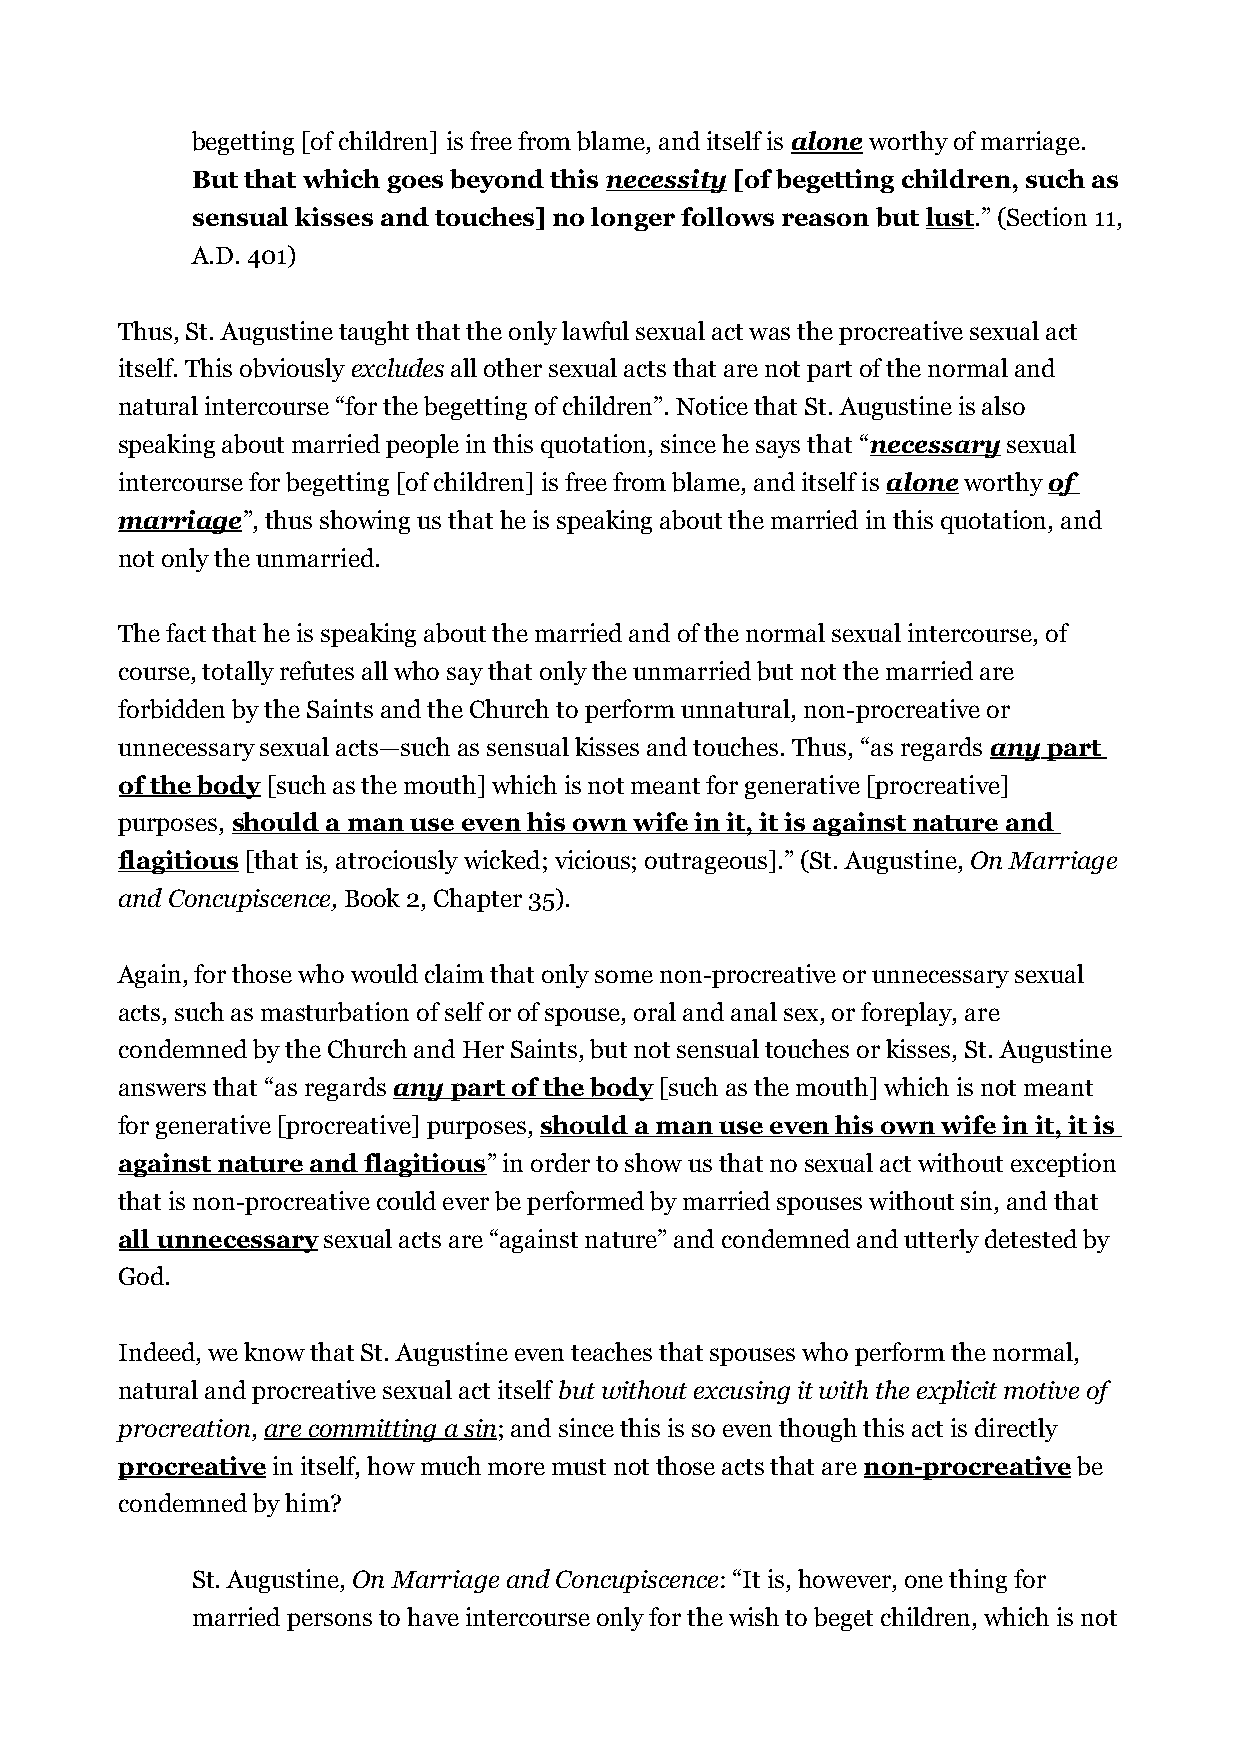
begetting [of children] is free from blame, and itself is alone worthy of marriage.
 But that which goes beyond this necessity [of begetting children, such as
 sensual kisses and touches] no longer follows reason but lust.” (Section 11,
 A.D. 401)
 Thus, St. Augustine taught that the only lawful sexual act was the procreative sexual act
 itself. This obviously excludes all other sexual acts that are not part of the normal and
 natural intercourse “for the begetting of children”. Notice that St. Augustine is also
 speaking about married people in this quotation, since he says that “necessary sexual
 intercourse for begetting [of children] is free from blame, and itself is alone worthy of
 marriage”, thus showing us that he is speaking about the married in this quotation, and
 not only the unmarried.
 The fact that he is speaking about the married and of the normal sexual intercourse, of
 course, totally refutes all who say that only the unmarried but not the married are
 forbidden by the Saints and the Church to perform unnatural, non-procreative or
 unnecessary sexual acts—such as sensual kisses and touches. Thus, “as regards any part
 of the body [such as the mouth] which is not meant for generative [procreative]
 purposes, should a man use even his own wife in it, it is against nature and
 flagitious [that is, atrociously wicked; vicious; outrageous].” (St. Augustine, On Marriage
 and Concupiscence, Book 2, Chapter 35).
 Again, for those who would claim that only some non-procreative or unnecessary sexual
 acts, such as masturbation of self or of spouse, oral and anal sex, or foreplay, are
 condemned by the Church and Her Saints, but not sensual touches or kisses, St. Augustine
 answers that “as regards any part of the body [such as the mouth] which is not meant
 for generative [procreative] purposes, should a man use even his own wife in it, it is
 against nature and flagitious” in order to show us that no sexual act without exception
 that is non-procreative could ever be performed by married spouses without sin, and that
 all unnecessary sexual acts are “against nature” and condemned and utterly detested by
 God.
 Indeed, we know that St. Augustine even teaches that spouses who perform the normal,
 natural and procreative sexual act itself but without excusing it with the explicit motive of
 procreation, are committing a sin; and since this is so even though this act is directly
 procreative in itself, how much more must not those acts that are non-procreative be
 condemned by him?
 St. Augustine, On Marriage and Concupiscence: “It is, however, one thing for
 married persons to have intercourse only for the wish to beget children, which is not